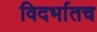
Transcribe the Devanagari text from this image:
विदर्भातच